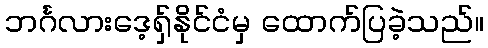
ဘင်္ဂလားဒေ့ရှ်နိုင်ငံမှ ထောက်ပြခဲ့သည်။